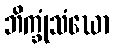
ဘိက္ခုံသံဃော